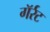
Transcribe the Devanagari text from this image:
गॅर्रट